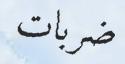
ضربات